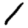
Digit: 1